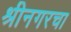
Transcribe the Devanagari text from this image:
श्रीनगरचा